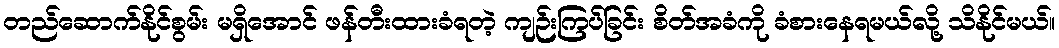
တည်ဆောက်နိုင်စွမ်း မရှိအောင် ဖန်တီးထားခံရတဲ့ ကျဉ်းကြပ်ခြင်း စိတ်အခံကို ခံစားနေရမယ်လို့ သိနိုင်မယ်။